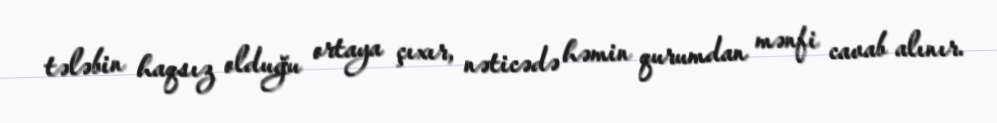
tələbin haqsız olduğu ortaya çıxır, nəticədə həmin qurumdan mənfi cavab alınır.